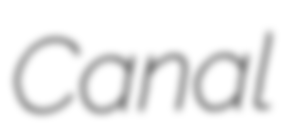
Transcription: Canal